Vaccination in Bombay 1913-1923 - 1913-1923
Year: 1913
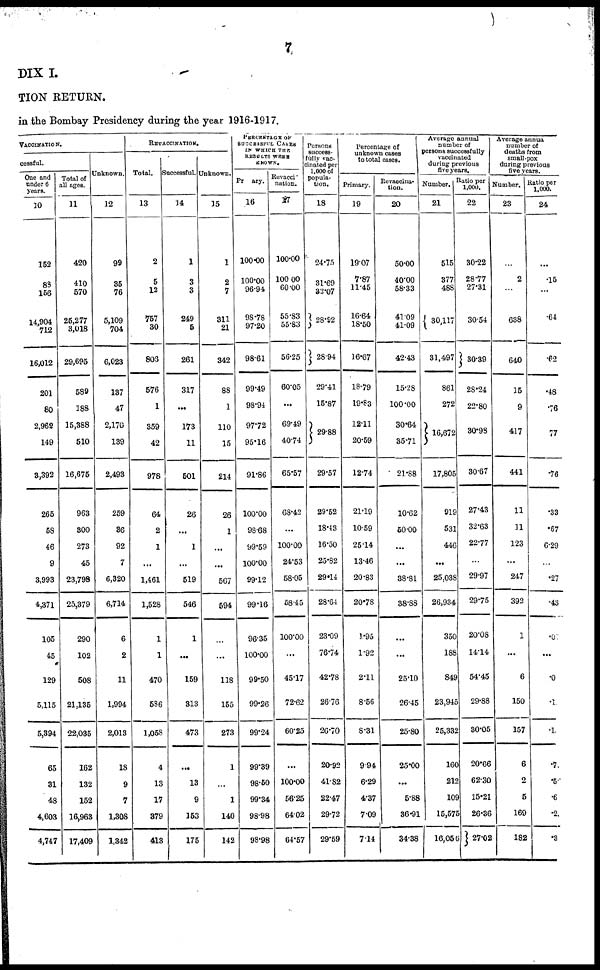
7
DIX I.
TION RETURN.
in the Bombay Presidency during the year 1916-1917.
VACCINATION.
cessful.
One and
under 6
years.
10
152
88
156
14,904
712
16,012
201
80
2,962
149
3,392
265
58
46
9
3,993
4,371
105
45
129
5,115
5,394
65
31
48
4,603
4,747
Total of
all ages.
11
420
410
570
25,277
3,018
29,695
589
188
15,388
510
16,675
963
300
273
45
23,798
25,379
290
102
508
21,135
22,035
162
132
152
16,963
17,409
Unknown.
12
99
35
76
5,109
704
6,023
137
47
2,170
139
2,493
259
36
92
7
6,320
6,714
6
2
11
1,994
2,013
18
9
7
1,308
1,342
REVACCINATION.
Total.
13
2
5
12
757
30
806
576
1
359
42
978
64
2
1
...
1,461
1,528
1
1
470
586
1,058
4
13
17
379
413
Successful.
14
1
3
3
249
5
261
317
...
173
11
501
26
...
1
...
519
546
1
...
159
313
473
...
13
9
153
175
Unknown.
15
1
2
7
311
21
342
88
1
110
15
214
26
1
...
...
567
594
...
...
118
155
273
1
...
1
140
142
PERCENTAGE OF
SUCCESSFUL CASES
IN WHICH THE
RESULTS WERE
KNOWN.
Primary.
16
100.00
100.00
96.94
98.78
97.20
98.61
99.49
98.94
97.72
95.16
91.86
100.00
98.68
99.59
100.00
99.12
99.16
96.35
100.00
99.50
99.26
99.24
99.39
98.50
99.34
98.98
98.98
Revacci-
nation.
17
100.00
100.00
60.00
55.83
55.83
56.25
60.05
...
69.49
40.74
65.57
68.42
...
100.00
24.53
58.05
58.45
100.00
...
45.17
72.62
60.25
...
100.00
56.25
64.02
64.57
Persons
success-
fully vac-
cinated per
1,000 of
popula-
tion.
18
24.75
31.69
32.07
28.92
28.94
29.41
15.87
29.88
29.57
29.52
18.43
16.50
25.82
29.14
28.64
23.09
76.74
42.78
26.76
26.70
20.92
41.82
22.47
29.72
29.59
Percentage of
unknown cases
to total cases.
Primary.
19
19.07
7.87
11.45
16.64
18.50
16.67
18.79
19.83
12.11
20.59
12.74
21.19
10.59
25.14
13.46
20.83
20.78
1.95
1.92
2.11
8.56
8.31
9.94
6.29
4.37
7.09
7.14
Revaccina-
tion.
20
50.00
40.00
58.33
41.09
41.09
42.43
15.28
100.00
30.64
35.71
21.88
10.62
50.00
...
...
38.81
38.88
...
...
25.10
26.45
25.80
25.00
...
5.88
36.91
34.38
Average annual
number of
persons successfully
vaccinated
during previous
five years.
Number.
21
515
377
488
30,117
31,497
861
272
16,672
17,805
919
531
446
...
25,038
26,934
350
188
849
23,945
25,332
160
212
101
15,575
16,056
Ratio per
1,000.
22
30.22
28.77
27.31
30.54
30.39
28.24
22.80
30.98
30.67
27.43
32.63
22.77
...
29.97
29.75
20.08
14.14
54.45
29.88
30.05
20.66
62.30
15.21
26.36
27.02
Average annua
number of
deaths from
small-pox
during previous
five years.
Number.
23
...
2
...
638
640
15
9
417
441
11
11
123
...
247
392
1
...
6
150
157
6
2
5
169
182
Ratio per
1,000.
24
...
.15
...
.64
.62
.48
.76
77
.76
.33
.67
6.29
...
.27
.43
.07
...
.0
.1
.1
.7
.
.6
.2
.3